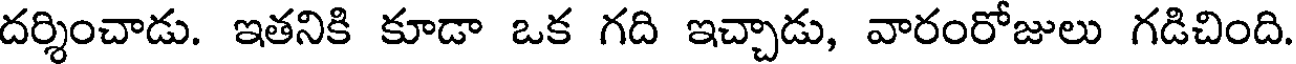
దర్శించాడు. ఇతనికి కూడా ఒక గది ఇచ్చాడు, వారంరోజులు గడిచింది